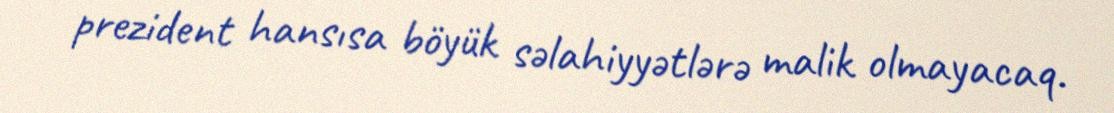
prezident hansısa böyük səlahiyyətlərə malik olmayacaq.